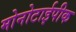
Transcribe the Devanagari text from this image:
मोनोटाईपीक